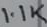
Text: 1.1K